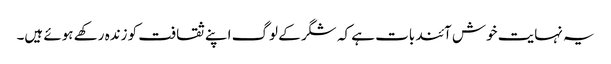
یہ نہایت خوش آئند بات ہے کہ شگر کے لوگ اپنے ثقافت کو زندہ رکھے ہوئے ہیں۔